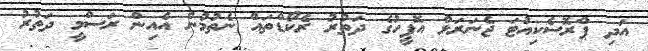
އަދި ޕްރޮސެކިއުޓަ ޖެނަރަލް އޮފީހުގެ ދަތުރު ރެކޯޑްތައް ނެތުމުން އެއިން ރަސްމީ ދަތުރު